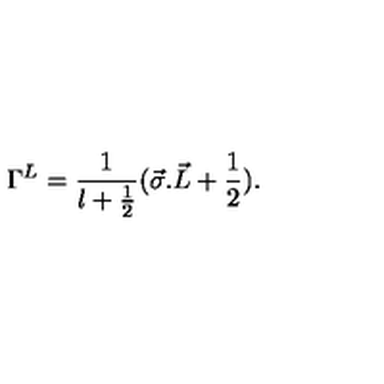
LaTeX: { \Gamma } ^ { L } = { \frac { 1 } { l + \frac { 1 } { 2 } } } ( { \vec { \sigma } . \vec { L } } + \frac { 1 } { 2 } ) .